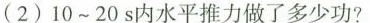
(2)10~20s内水平推力做了多少功?